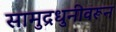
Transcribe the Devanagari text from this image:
सामुद्रधुनीवरून